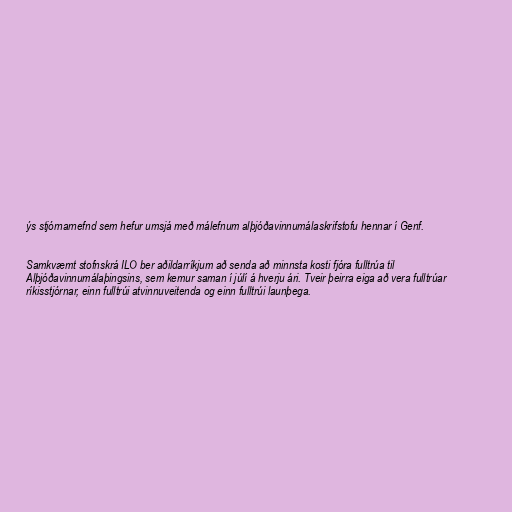
ýs stjórnarnefnd sem hefur umsjá með málefnum alþjóðavinnumálaskrifstofu hennar í Genf.

Samkvæmt stofnskrá ILO ber aðildarríkjum að senda að minnsta kosti fjóra fulltrúa til
Alþjóðavinnumálaþingsins, sem kemur saman í júlí á hverju ári. Tveir þeirra eiga að vera fulltrúar
ríkisstjórnar, einn fulltrúi atvinnuveitenda og einn fulltrúi launþega.